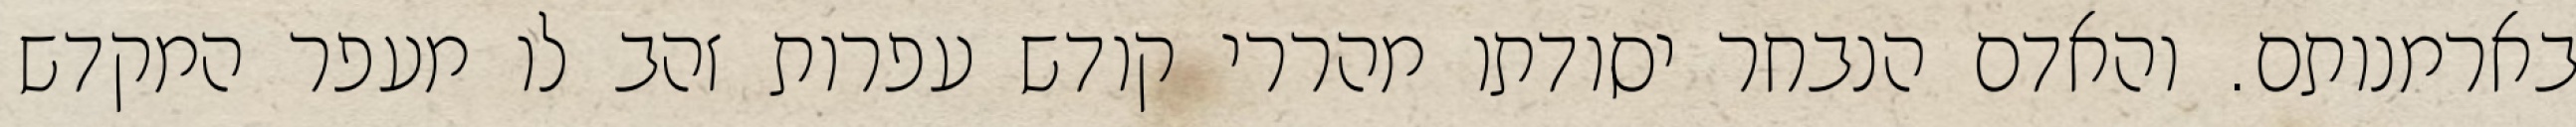
בארמנותם. והאדם הנבחר יסודתו מהררי קודש עפרות זהב לו מעפר המקדש